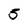
Character: 5